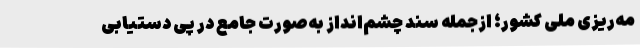
مه‌ریزی ملی کشور؛ ازجمله سند چشم‌انداز به‌صورت جامع در پی دستیابی